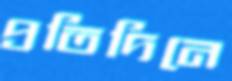
প্রতিদিনে